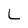
Character: L